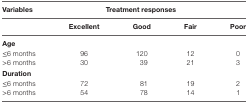
<table><thead><tr><td><b>Variables</b></td><td colspan="4"><b>Treatment responses</b></td></tr><tr><td></td><td><b>Excellent</b></td><td><b>Good</b></td><td><b>Fair</b></td><td><b>Poor</b></td></tr></thead><tbody><tr><td colspan="5"><b>Age</b></td></tr><tr><td>≤6 months</td><td>96</td><td>120</td><td>12</td><td>0</td></tr><tr><td>&gt;6 months</td><td>30</td><td>39</td><td>21</td><td>3</td></tr><tr><td colspan="5"><b>Duration</b></td></tr><tr><td>≤6 months</td><td>72</td><td>81</td><td>19</td><td>2</td></tr><tr><td>&gt;6 months</td><td>54</td><td>78</td><td>14</td><td>1</td></tr></tbody></table>